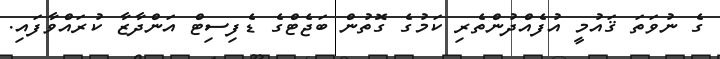
ގެ ނުވަތަ ޤައުމީ އުފެއްދުންތެރި ކަމުގެ ގޮތުން ބަޖެޓްގެ ޑެފިސިޓް އަންދާޒާ ކުރައްވާފައި.